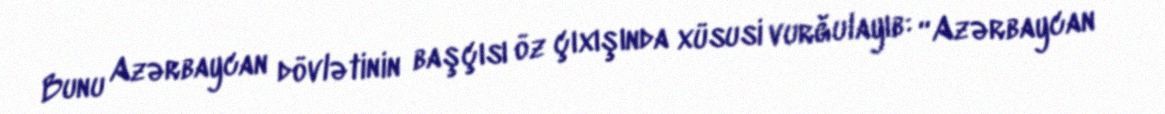
Bunu Azərbaycan dövlətinin başçısı öz çıxışında xüsusi vurğulayıb: “Azərbaycan